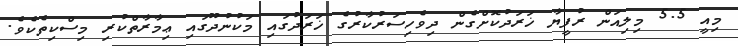
މިއީ 5.5 މިލިއަން ރުފީޔާ ޚަރަދުކޮށްގެން ދިވެހިސަރުކާރުގެ ޚަރަދުގައި މަކުނުދޫގައި ޢިމާރާތްކުރި މިސްކިތެކެވެ.